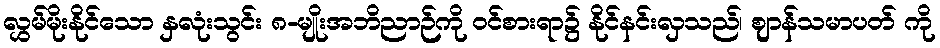
လွှမ်မိုးနိုင်သော နှလုံးသွင်း ၈-မျိုးအဘိညာဉ်ကို ဝင်စားရာ၌ နိုင်နင်းလှသည်၊ ဈာန်သမာပတ် ကို